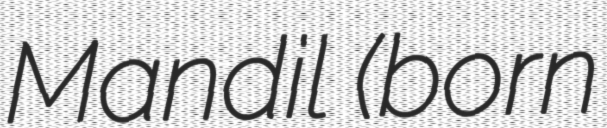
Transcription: Mandil (born